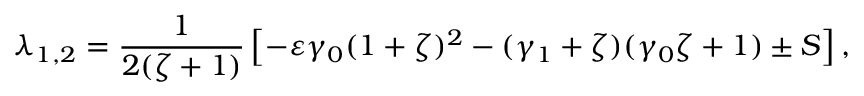
\lambda _ { 1 , 2 } = \frac { 1 } { 2 ( \zeta + 1 ) } \left[ - \varepsilon \gamma _ { 0 } ( 1 + \zeta ) ^ { 2 } - ( \gamma _ { 1 } + \zeta ) ( \gamma _ { 0 } \zeta + 1 ) \pm S \right] ,